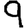
Digit: 9